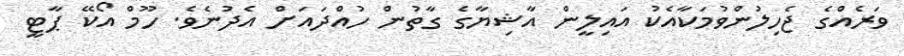
ވަރެއްގެ ޖެހިލުންވުމަކާއެކު އައިލީން އާޝިޔާގެ ގާތުން ހުއްދައަށް އެދުނެވެ. ހޫމް އޯކޭ ޕާޓީ